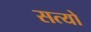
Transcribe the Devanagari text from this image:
सत्यो